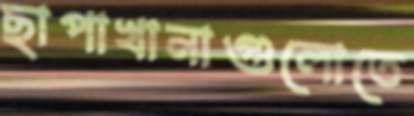
ছাপাখানাগুলোতে